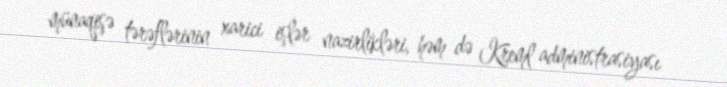
münaqişə tərəflərinin xarici işlər nazirlikləri, həm də Kreml administrasiyası